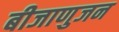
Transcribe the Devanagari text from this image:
बीजाणुजन